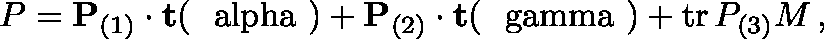
P = { \bf P } _ { ( 1 ) } \cdot { \bf t } ( { \mathrm { \boldmath ~ \ a l p h a ~ } } ) + { \bf P } _ { ( 2 ) } \cdot { \bf t } ( { \mathrm { \boldmath ~ \ g a m m a ~ } } ) + \mathrm { t r } \, P _ { ( 3 ) } M \, ,